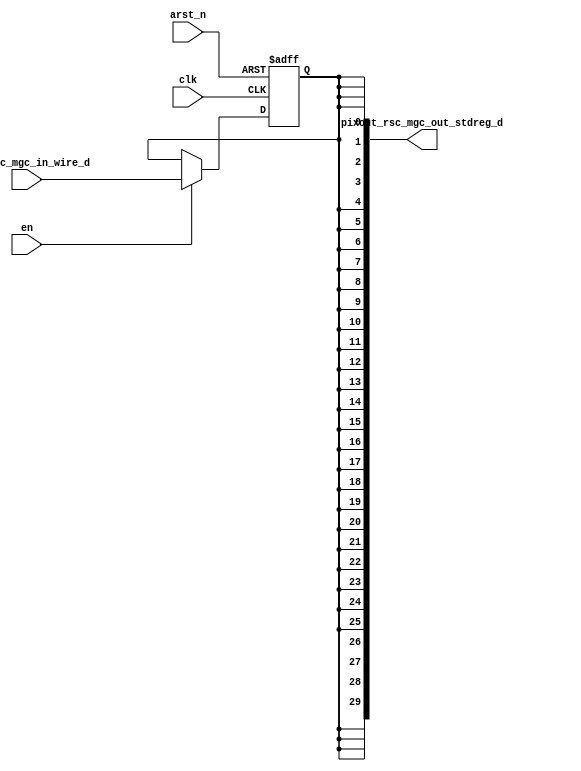
module value_to_pix_core (
  clk, en, arst_n, vin_rsc_mgc_in_wire_d, pixout_rsc_mgc_out_stdreg_d
);
  input clk;
  input en;
  input arst_n;
  input vin_rsc_mgc_in_wire_d;
  output [29:0] pixout_rsc_mgc_out_stdreg_d;


  // Interconnect Declarations
  reg reg_pixout_rsc_mgc_out_stdreg_d_reg;


  // Interconnect Declarations for Component Instantiations 
  assign pixout_rsc_mgc_out_stdreg_d = {{29{reg_pixout_rsc_mgc_out_stdreg_d_reg}},
      reg_pixout_rsc_mgc_out_stdreg_d_reg};
  always @(posedge clk or negedge arst_n) begin
    if ( ~ arst_n ) begin
      reg_pixout_rsc_mgc_out_stdreg_d_reg <= 1'b0;
    end
    else begin
      if ( en ) begin
        reg_pixout_rsc_mgc_out_stdreg_d_reg <= vin_rsc_mgc_in_wire_d;
      end
    end
  end
endmodule
module value_to_pix (
  vin_rsc_z, pixout_rsc_z, clk, en, arst_n
);
  input vin_rsc_z;
  output [29:0] pixout_rsc_z;
  input clk;
  input en;
  input arst_n;


  // Interconnect Declarations
  wire vin_rsc_mgc_in_wire_d;
  wire [29:0] pixout_rsc_mgc_out_stdreg_d;


  // Interconnect Declarations for Component Instantiations 
  mgc_in_wire #(.rscid(1),
  .width(1)) vin_rsc_mgc_in_wire (
      .d(vin_rsc_mgc_in_wire_d),
      .z(vin_rsc_z)
    );
  mgc_out_stdreg #(.rscid(2),
  .width(30)) pixout_rsc_mgc_out_stdreg (
      .d(pixout_rsc_mgc_out_stdreg_d),
      .z(pixout_rsc_z)
    );
  value_to_pix_core value_to_pix_core_inst (
      .clk(clk),
      .en(en),
      .arst_n(arst_n),
      .vin_rsc_mgc_in_wire_d(vin_rsc_mgc_in_wire_d),
      .pixout_rsc_mgc_out_stdreg_d(pixout_rsc_mgc_out_stdreg_d)
    );
endmodule